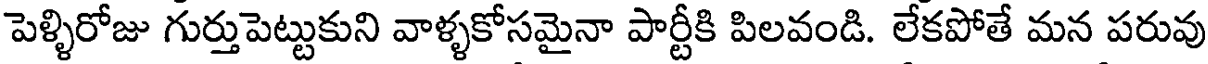
పెళ్ళిరోజు గుర్తుపెట్టుకుని వాళ్ళకోసమైనా పార్టీకి పిలవండి. లేకపోతే మన పరువు